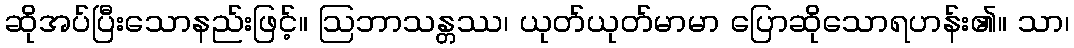
ဆိုအပ်ပြီးသောနည်းဖြင့်။ ဩဘာသန္တဿ၊ ယုတ်ယုတ်မာမာ ပြောဆိုသောရဟန်း၏။ သာ၊